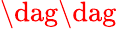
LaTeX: \dag\dag